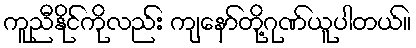
ကူညီနိုင်ကိုလည်း ကျနော်တို့ဂုဏ်ယူပါတယ်။